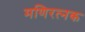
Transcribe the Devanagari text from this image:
मणिरत्‍नक